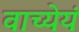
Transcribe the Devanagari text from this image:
वाच्येयं